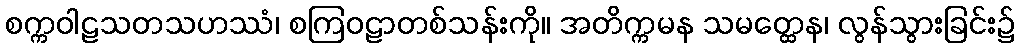
စက္ကဝါဠသတသဟဿံ၊ စကြဝဠာတစ်သန်းကို။ အတိက္ကမန သမတ္ထေန၊ လွန်သွားခြင်း၌